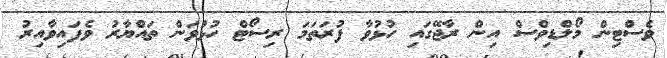
ވެސްޓިން މޯލްޑިވްސް އިން ރާޖޭގައި ހުޅުވާ ފުރަތަމަ ރިސޯޓް ހުޅުވަން ތައްޔާރު ވެފައިވާއިރު